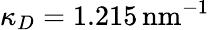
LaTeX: \kappa_{D}=1.215\, \mathrm{{nm}^{-1}}